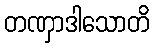
တဏှာဒါသောတိ